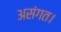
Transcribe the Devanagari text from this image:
असंगत।